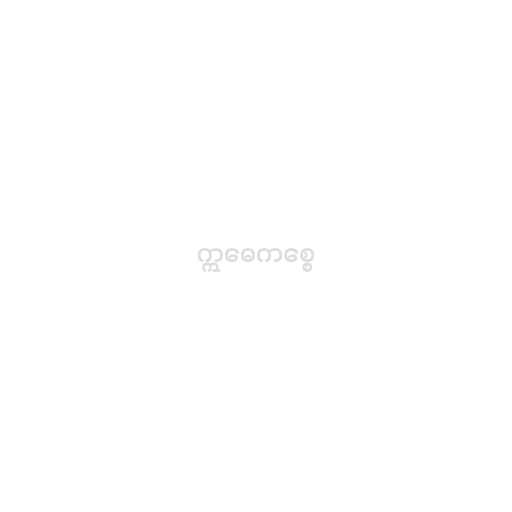
ဣဓေကစ္စေ